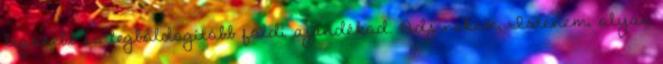
legszebb és legboldogítóbb földi ajándékod. Adj nekem, Istenem, olyan